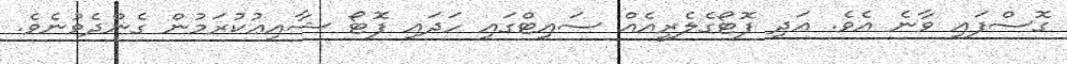
ގޮސްފައި ވާނެ އެވެ. އަދި ފޮޓޯގެލެރީއެއް ސައިޓްގައި ހަދައި ފޮޓޯ ޝާއިޢުކުރަމުން ގެންދެވުނެވެ.